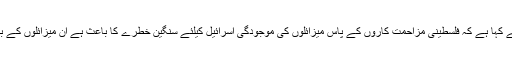
صہیونی وزیر دفاع موشے یعلون نے کہا ہے کہ فلسطینی مزاحمت کاروں کے پاس میزائلوں کی موجودگی اسرائیل کیلئے سنگین خطرے کا باعث ہے ان میزائلوں کے باعث اسرائیل غیر محفوظ ہوچکا ہے۔